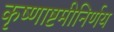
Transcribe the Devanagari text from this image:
कृष्णाष्टमीनिर्णय